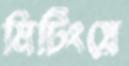
মিটিংয়ে